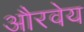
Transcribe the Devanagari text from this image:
औरवेय